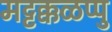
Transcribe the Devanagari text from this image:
मट्टक्कळप्पु